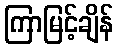
ကြာမြင့်ချိန်